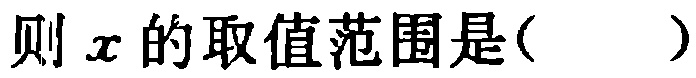
则\(x\)的取值范围是( )